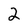
Character: 2